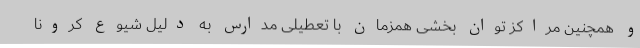
و همچنین مراکز توان بخشی همزمان با تعطیلی مدارس به دلیل شیوع کرونا